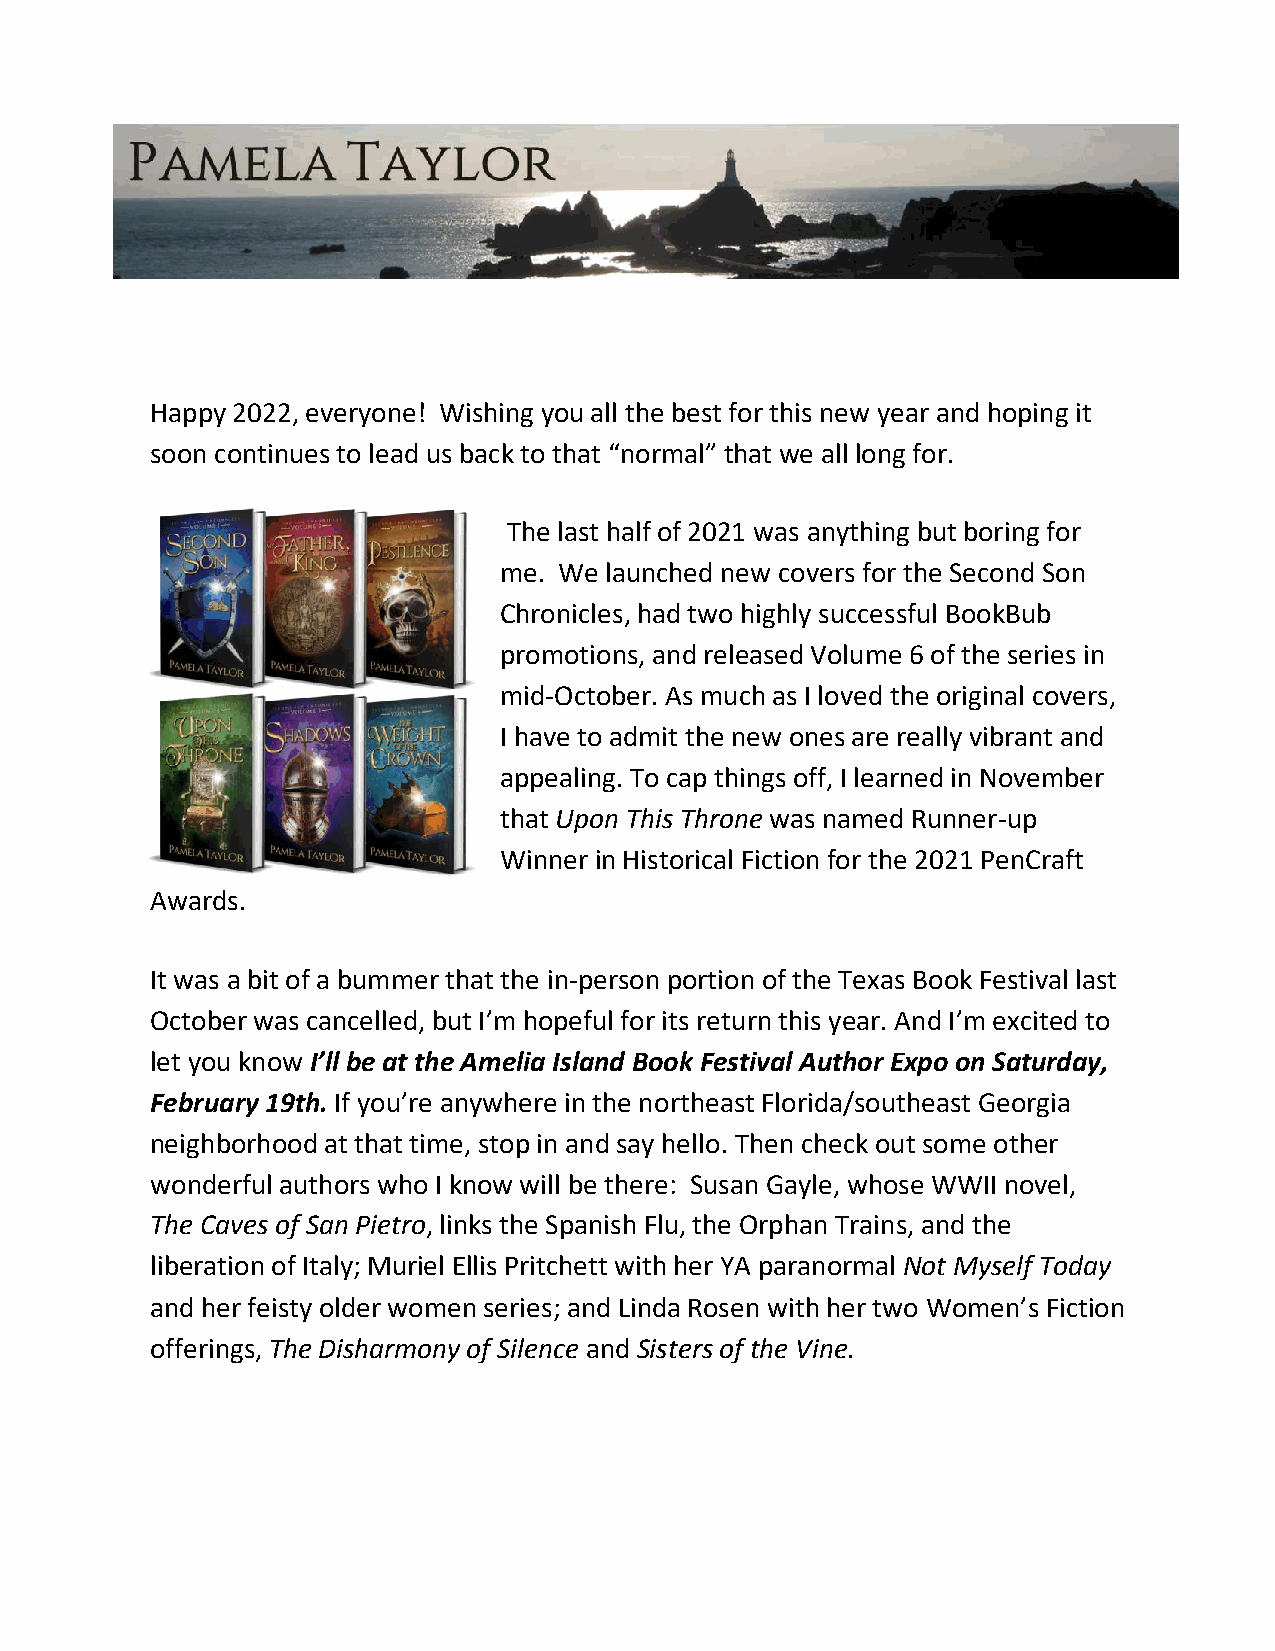
Happy 2022, everyone! Wishing you all the best for this new year and hoping it
 soon continues to lead us back to that “normal” that we all long for.
 The last half of 2021 was anything but boring for
 me. We launched new covers for the Second Son
 Chronicles, had two highly successful BookBub
 promotions, and released Volume 6 of the series in
 mid-October. As much as I loved the original covers,
 I have to admit the new ones are really vibrant and
 appealing. To cap things off, I learned in November
 that Upon This Throne was named Runner-up
 Winner in Historical Fiction for the 2021 PenCraft
 Awards.
 It was a bit of a bummer that the in-person portion of the Texas Book Festival last
 October was cancelled, but I’m hopeful for its return this year. And I’m excited to
 let you know I’ll be at the Amelia Island Book Festival Author Expo on Saturday,
 February 19th. If you’re anywhere in the northeast Florida/southeast Georgia
 neighborhood at that time, stop in and say hello. Then check out some other
 wonderful authors who I know will be there: Susan Gayle, whose WWII novel,
 The Caves of San Pietro, links the Spanish Flu, the Orphan Trains, and the
 liberation of Italy; Muriel Ellis Pritchett with her YA paranormal Not Myself Today
 and her feisty older women series; and Linda Rosen with her two Women’s Fiction
 offerings, The Disharmony of Silence and Sisters of the Vine.